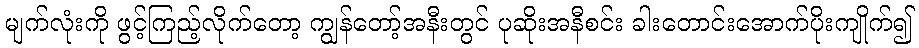
မျက်လုံးကို ဖွင့်ကြည့်လိုက်တော့ ကျွန်တော့်အနီးတွင် ပုဆိုးအနီစင်း ခါးတောင်းအောက်ပိုးကျိုက်၍